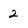
Character: 2